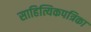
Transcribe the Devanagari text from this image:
साहित्यिकपत्रिका